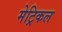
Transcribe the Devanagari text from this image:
मेट्रिकल